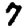
Digit: 7